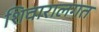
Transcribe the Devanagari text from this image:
शिवारालगत